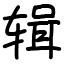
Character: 辑